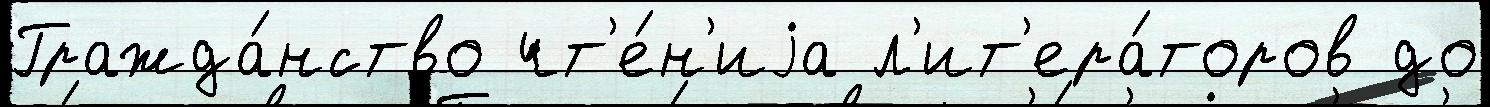
Гражда́нство чт'е́н'иjа л'ит'ера́торов до